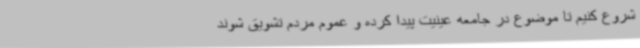
شروع کنیم تا موضوع در جامعه عینیت پیدا کرده و عموم مردم تشویق شوند